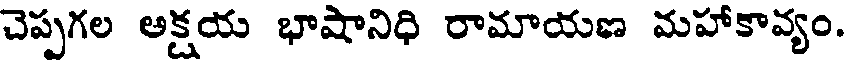
చెప్పగల అక్షయ భాషానిధి రామాయణ మహాకావ్యం.